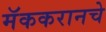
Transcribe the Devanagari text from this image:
मॅककरानचे